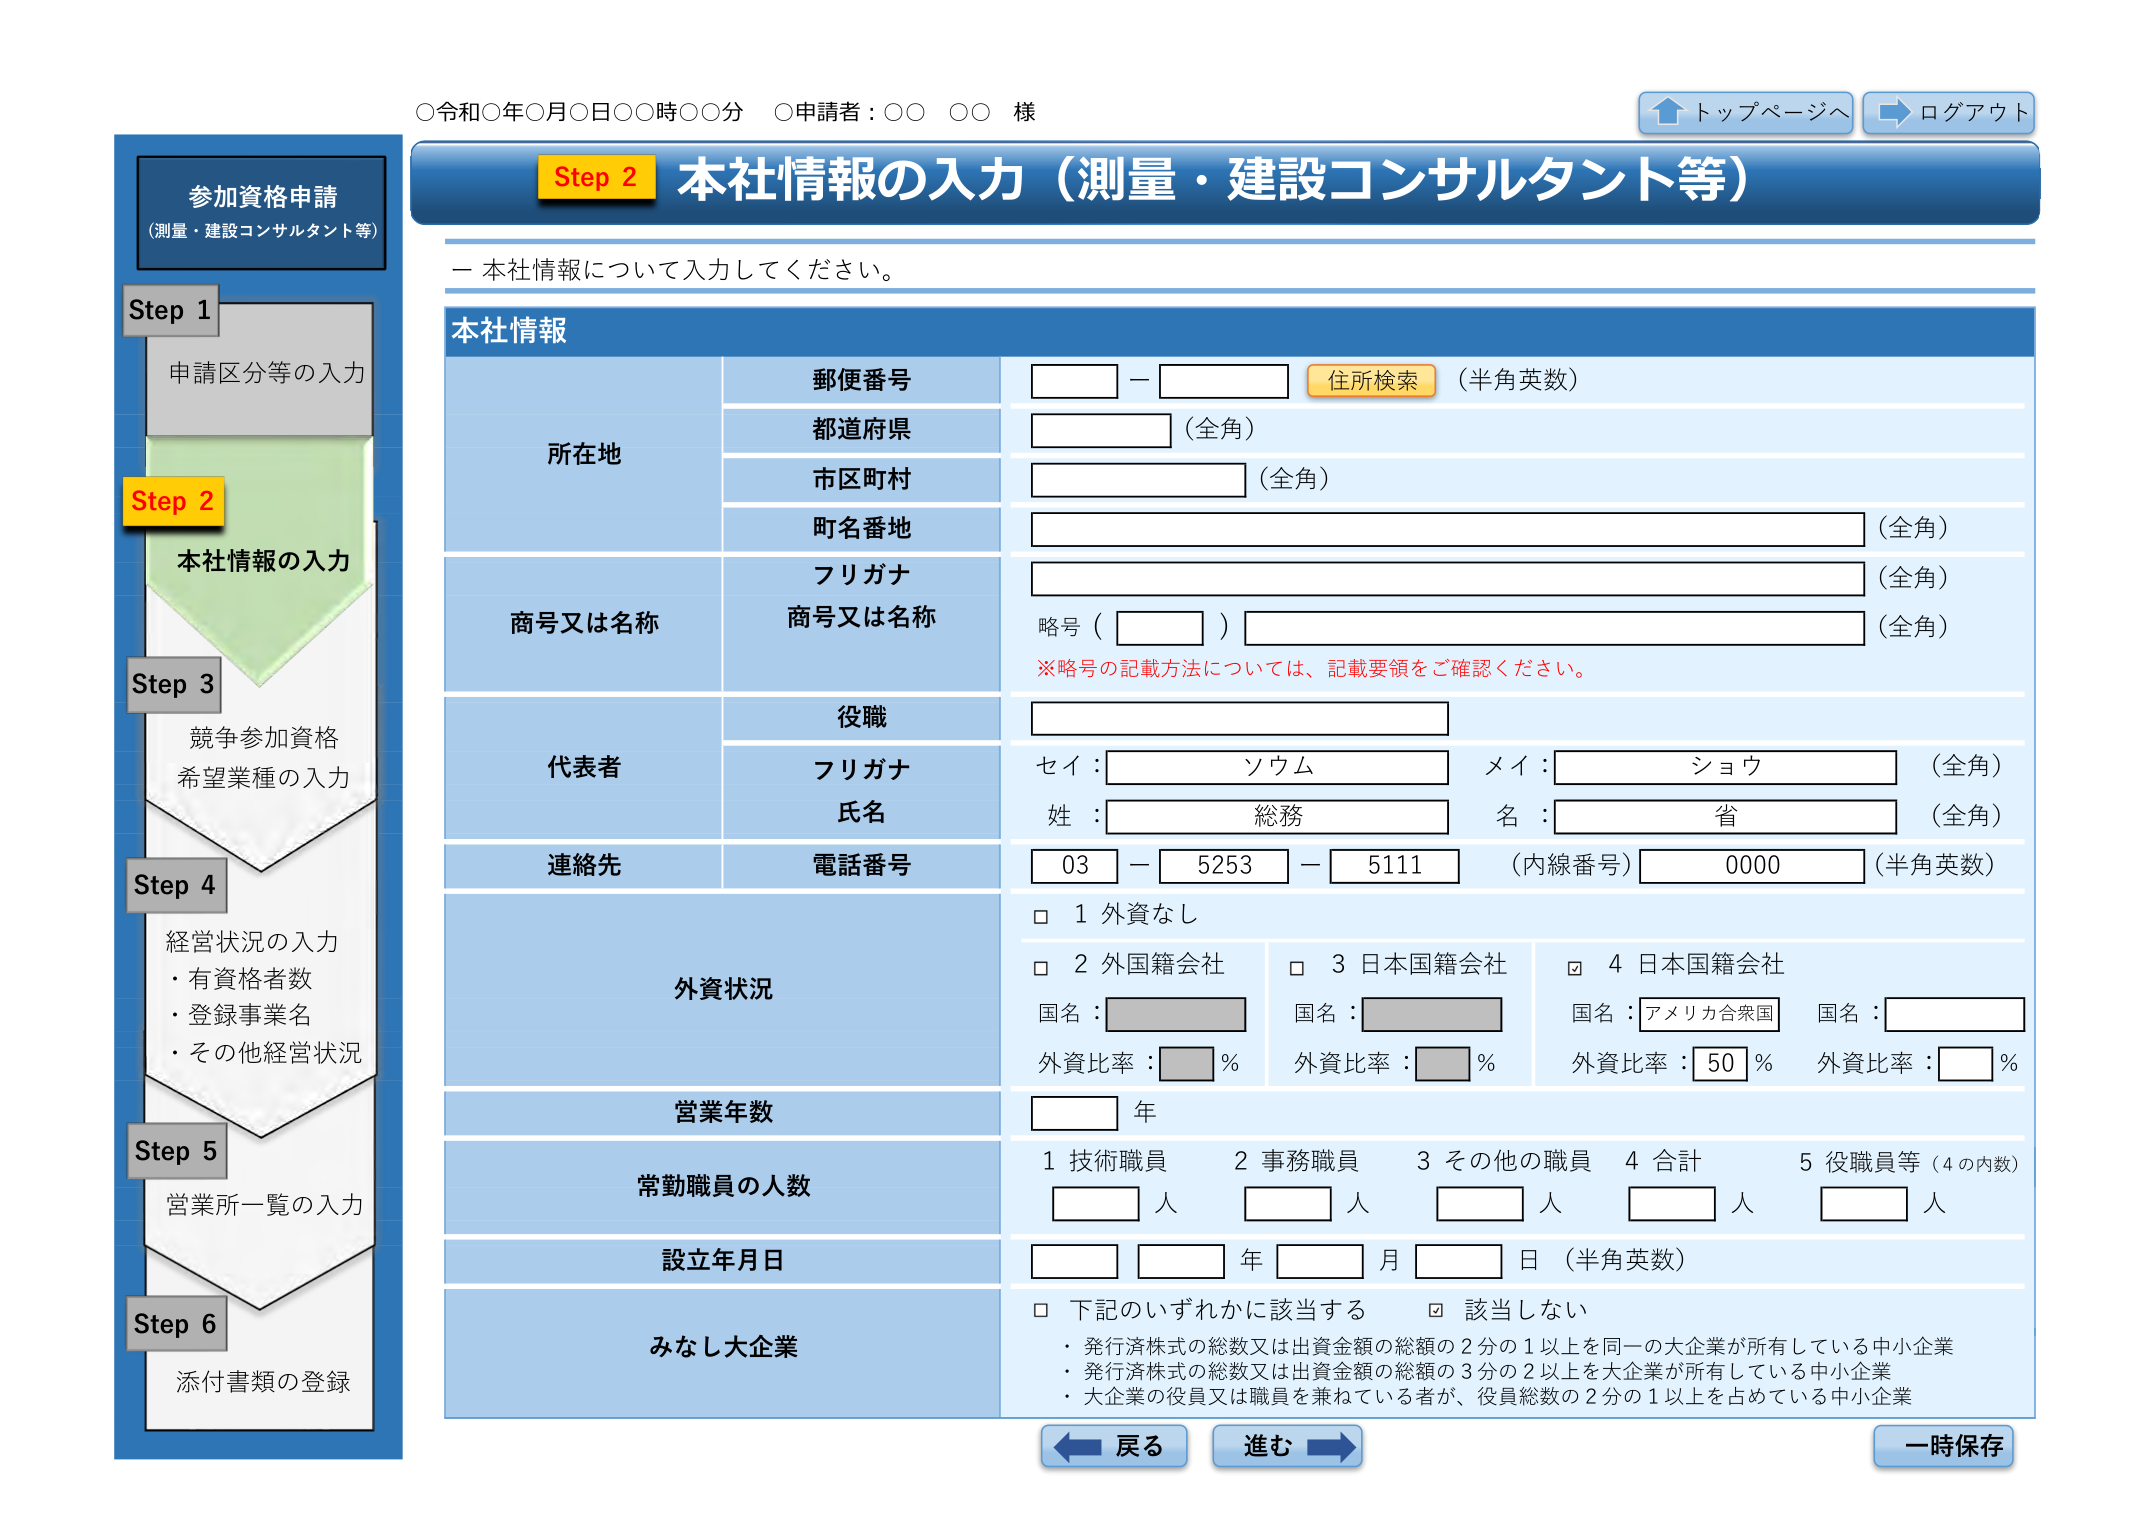
○令和○年○月○日○○時○○分 ○申請者：○○ ○○ 様

トップページへ ログアウト

参加資格申請
（測量・建設コンサルタント等）

Step 1
申請区分等の入力

Step 2
本社情報の入力

Step 3
競争参加資格
希望業種の入力

Step 4
経営状況の入力
・有資格者数
・登録事業名
・その他経営状況

Step 5
営業所一覧の入力

Step 6
添付書類の登録

Step 2 本社情報の入力（測量・建設コンサルタント等）

ー 本社情報について入力してください。

本社情報

所在地
郵便番号
－
住所検索 （半角英数）
都道府県
（全角）
市区町村
（全角）
町名番地
（全角）

商号又は名称
フリガナ
（全角）
商号又は名称
略号（ ） （全角）
※略号の記載方法については、記載要領をご確認ください。

代表者
役職
フリガナ
セイ： ソウム メイ： ショウ （全角）
氏名
姓： 総務 名： 省 （全角）

連絡先
電話番号
03 － 5253 － 5111 （内線番号） 0000 （半角英数）

外資状況
□ 1 外資なし
□ 2 外国籍会社
□ 3 日本国籍会社
☑ 4 日本国籍会社
国名： 国名： 国名： アメリカ合衆国 国名：
外資比率： ％ 外資比率： ％ 外資比率： 50 ％ 外資比率： ％

営業年数
年

常勤職員の人数
1 技術職員 2 事務職員 3 その他の職員 4 合計 5 役職員等（4の内数）
人 人 人 人 人

設立年月日
年 月 日 （半角英数）

みなし大企業
□ 下記のいずれかに該当する □ 該当しない
・発行済株式の総数又は出資金額の総額の2分の1以上を同一の大企業が所有している中小企業
・発行済株式の総数又は出資金額の総額の3分の2以上を大企業が所有している中小企業
・大企業の役員又は職員を兼ねている者が、役員総数の2分の1以上を占めている中小企業

戻る 進む 一時保存